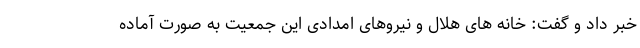
خبر داد و گفت: خانه های هلال و نیروهای امدادی این جمعیت به صورت آماده